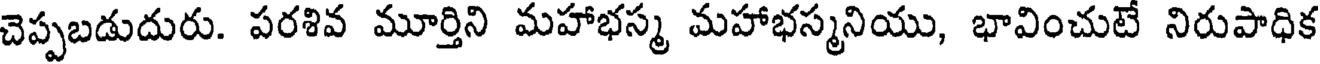
చెప్పబడుదురు. పరశివ మూర్తిని మహాభస్మ మహాభస్మనియు, భావించుటే నిరుపాధిక